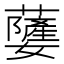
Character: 𮓃